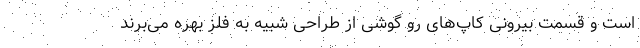
است و قسمت بیرونی کاپ‌های رو گوشی از طراحی شبیه به فلز بهره می‌برند